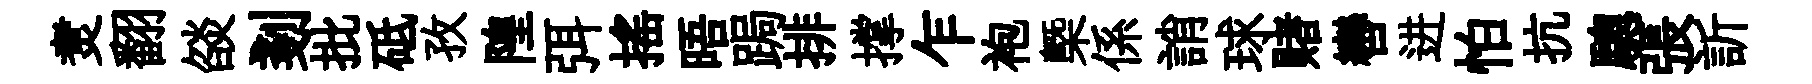
煑翻燄剗批砥孜隍弭揺晤跼排撑乍袍槩係誚球赌轡进怕抗驄張訢